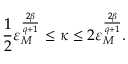
\frac 1 2 \varepsilon _ { M } ^ { \frac { 2 \beta } { q + 1 } } \leq \kappa \leq 2 \varepsilon _ { M } ^ { \frac { 2 \beta } { q + 1 } } .